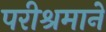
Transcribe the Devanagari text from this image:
परीश्रमाने